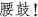
腰鼓！